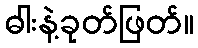
ဓါးနဲ့ခုတ်ဖြတ်။